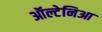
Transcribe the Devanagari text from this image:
ऑल्टेनिआ